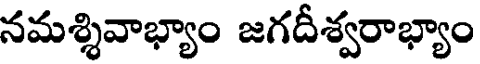
నమశ్శివాభ్యాం జగదీశ్వరాభ్యాం